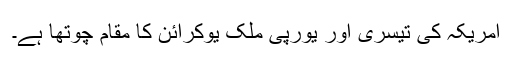
امریکہ کی تیسری اور یورپی ملک یوکرائن کا مقام چوتھا ہے۔